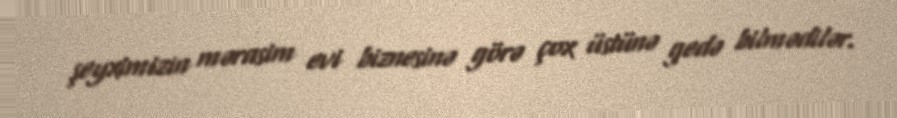
şeyximizin mərasim evi biznesinə görə çox üstünə gedə bilmədilər.